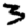
Digit: 3